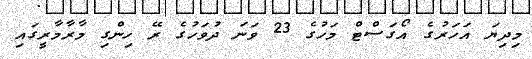
މިދިޔަ އަހަރުގެ އޯގަސްޓް މަހުގެ 23 ވަނަ ދުވަހުގެ ރޭ ހިންގި މާރާމާރީގައި